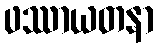
ဖဿာယတနာ